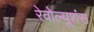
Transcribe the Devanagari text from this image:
रेवोल्यूशंस